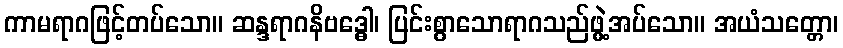
ကာမရာဂဖြင့်တပ်သော။ ဆန္ဒရာဂနိဗဒ္ဓေါ၊ ပြင်းစွာသောရာဂသည်ဖွဲ့အပ်သော။ အယံသတ္တော၊